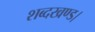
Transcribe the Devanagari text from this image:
शब्दखण्ड।